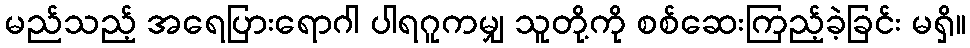
မည်သည့် အရေပြားရောဂါ ပါရဂူကမျှ သူတို့ကို စစ်ဆေးကြည့်ခဲ့ခြင်း မရှိ။